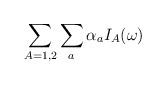
LaTeX: \begin{align*}\sum_{A=1,2} \sum_{a} \alpha_a I_A(\omega) \end{align*}